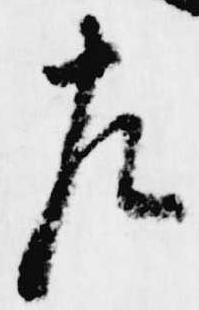
左